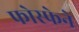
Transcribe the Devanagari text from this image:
फोस्फेने